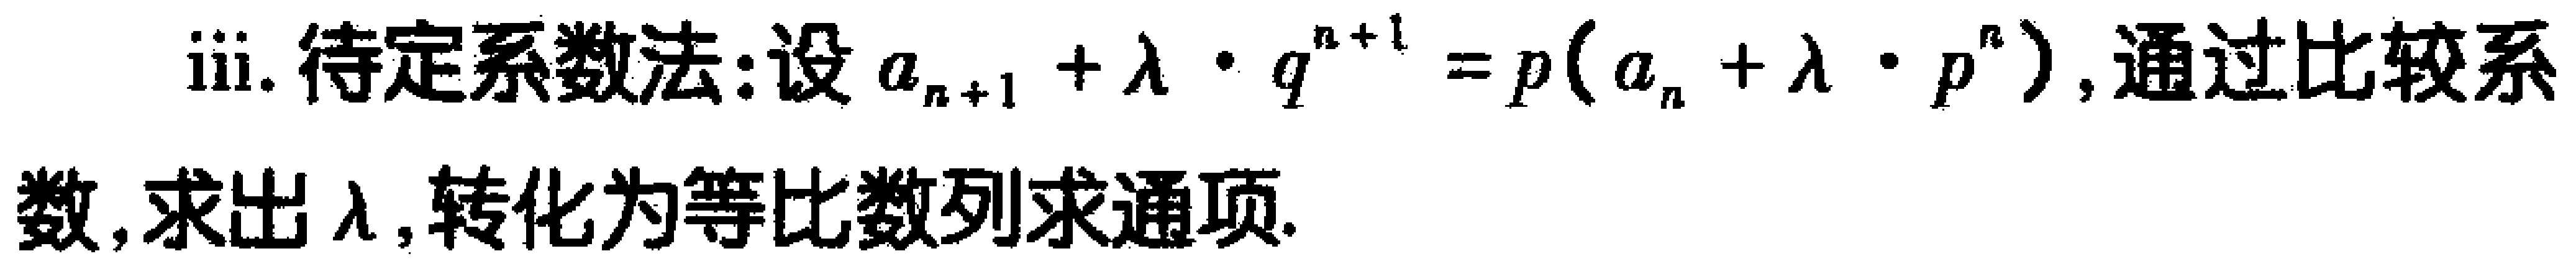
iii. 待定系数法:设\(a_{n + 1}+\lambda\cdot q^{n + 1}=p(a_{n}+\lambda\cdot p^{n})\), 通过比较系数, 求出\(\lambda\), 转化为等比数列求通项.